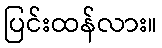
ပြင်းထန်လား။